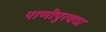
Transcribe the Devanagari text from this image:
पाणीपुरवठा